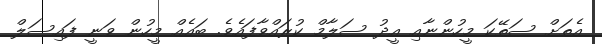
އެތަށް ސަތޭކަ މީހުންނާއި އީދު ސަލާމް ކުރައްވާފައެވެ. ބައެއް މީހުން ވަނީ ފައިސަލް